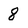
Character: 8